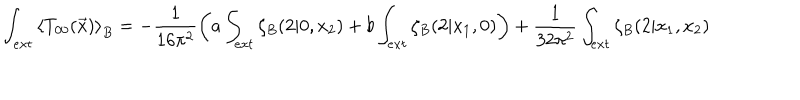
LaTeX: \int _ { e x t } \left< T _ { 0 0 } ( \vec { x } ) \right> _ { B } = - \frac 1 { 1 6 \pi ^ { 2 } } \left( a \int _ { e x t } \zeta _ { B } ( 2 | 0 , x _ { 2 } ) + b \int _ { e x t } \zeta _ { B } ( 2 | x _ { 1 } , 0 ) \right) + \frac 1 { 3 2 \pi ^ { 2 } } \int _ { e x t } \zeta _ { B } ( 2 | x _ { 1 } , x _ { 2 } )